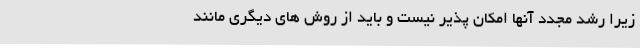
زیرا رشد مجدد آنها امکان پذیر نیست و باید از روش های دیگری مانند